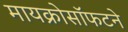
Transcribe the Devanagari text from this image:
मायक्रोसॉफटने